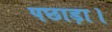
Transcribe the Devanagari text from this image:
पछाड़ा।